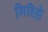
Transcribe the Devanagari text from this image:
गिहिल्ले